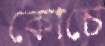
কোচে